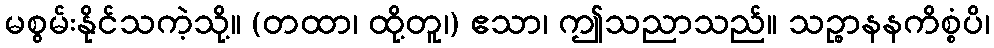
မစွမ်းနိုင်သကဲ့သို့။ (တထာ၊ ထို့တူ၊) ဧသာ၊ ဤသညာသည်။ သဉ္စာနနကိစ္စံပိ၊